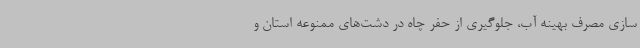
سازی مصرف بهینه آب، جلوگیری از حفر چاه در دشت‌های ممنوعه استان و